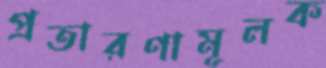
প্রতারণামূলক